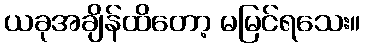
ယခုအချိန်ထိတော့ မမြင်ရသေး။